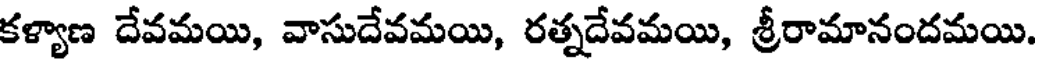
కళ్యాణ దేవమయి, వాసుదేవమయి, రత్నదేవమయి, శ్రీరామానందమయి.